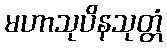
မဟာသုပိနသုတ္တံ